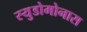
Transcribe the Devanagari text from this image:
स्युडोमोनास